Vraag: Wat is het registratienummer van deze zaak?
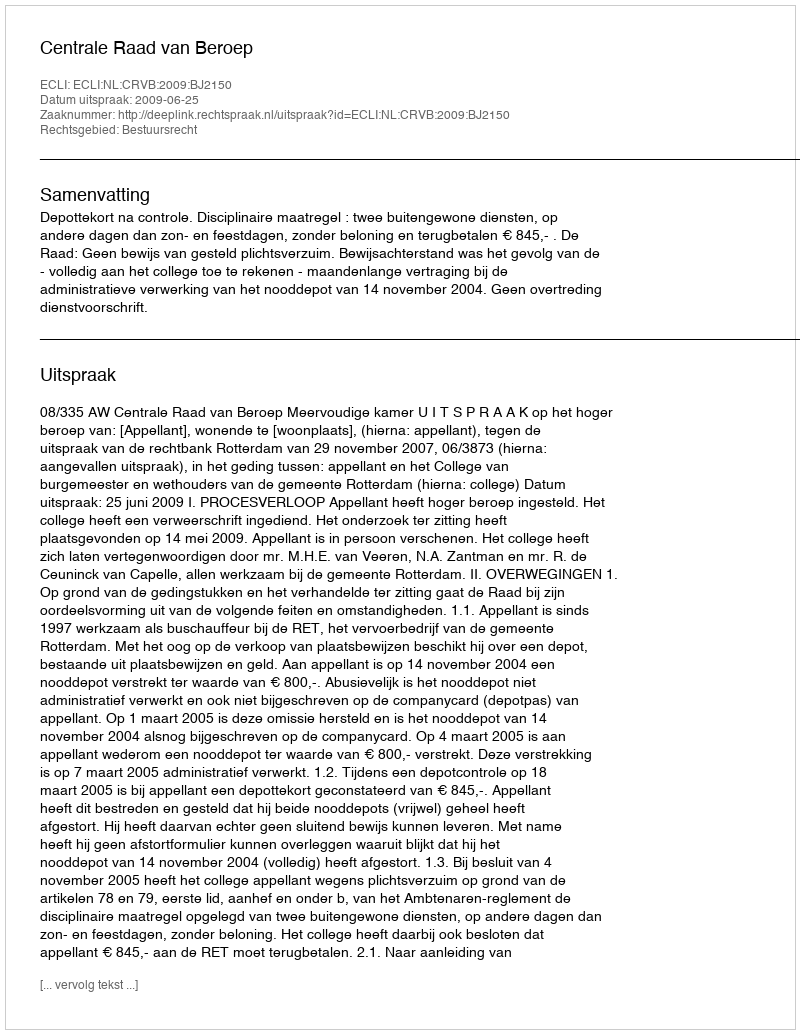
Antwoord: http://deeplink.rechtspraak.nl/uitspraak?id=ECLI:NL:CRVB:2009:BJ2150